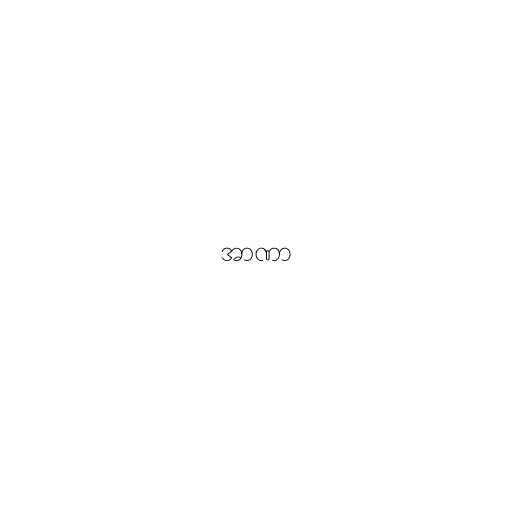
အာဏာ